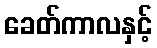
ခေတ်ကာလနှင့်